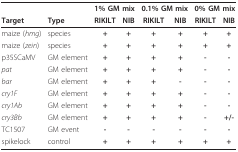
|  |  | <COLSPAN=2> 1% GM mix | <COLSPAN=2> 0.1% GM mix | <COLSPAN=2> 0% GM mix |
 | Target | Type | RIKILT | NIB | RIKILT | NIB | RIKILT | NIB |
 | --- | --- | --- | --- | --- | --- | --- | --- |
 | maize (hmg) | species | + | + | + | + | + | + |
 | maize (zein) | species | + | + | + | + | + | + |
 | p35SCaMV | GM element | + | + | + | + | - | - |
 | pat | GM element | + | + | + | + | - | - |
 | bar | GM element | + | + | + | - | - | - |
 | cry1F | GM element | + | + | + | + | - | - |
 | cry1Ab | GM element | + | + | + | + | - | - |
 | cry3Bb | GM element | + | + | + | + | - | +/- |
 | TC1507 | GM event | - | - | - | - | - | - |
 | spikelock | control | + | + | + | + | + | + |